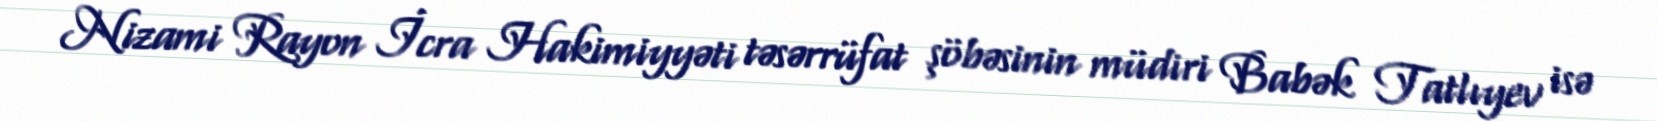
Nizami Rayon İcra Hakimiyyəti təsərrüfat şöbəsinin müdiri Babək Tatlıyev isə